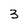
Character: 3